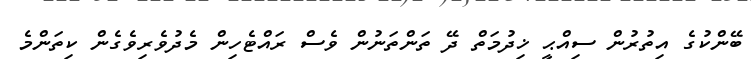
ބޭންކުގެ އިތުރުން ސިއްޙީ ޚިދުމަތް ދޭ ތަންތަނުން ވެސް ރައްޓެހިން މެދުވެރިވެގެން ކިތަންމެ